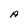
Character: A